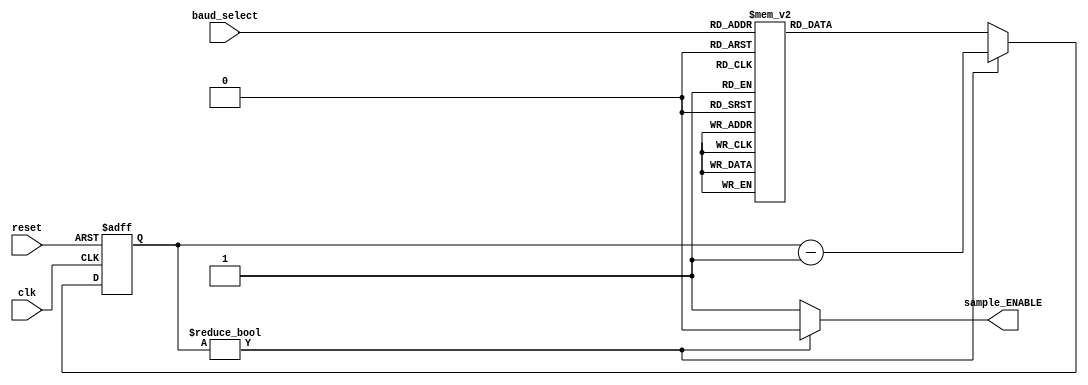
module baud_controller(reset, clk, baud_select, sample_ENABLE);
    input reset, clk;
    input [2:0] baud_select;
    output sample_ENABLE;
    reg [14:0] counter_reset_value;
    reg [14:0] counter;

    always @(posedge clk or posedge reset) begin
        if (reset) begin
            counter <= 15'h0;
        end
        else begin
            if (counter) begin
                counter <= counter - 1'b1;
            end
            else begin
                counter <= counter_reset_value;
            end
        end
    end

    always @(baud_select) begin
        case (baud_select)
            3'b000: counter_reset_value = 15'd20833;
            3'b001: counter_reset_value = 15'd5208;
            3'b010: counter_reset_value = 15'd1302;
            3'b011: counter_reset_value = 15'd651;
            3'b100: counter_reset_value = 15'd325;
            3'b101: counter_reset_value = 15'd163;
            3'b110: counter_reset_value = 15'd108;
            3'b111: counter_reset_value = 15'd54;
            default: counter_reset_value = 15'hFFFF;
        endcase
    end

    wire sample_ENABLE = counter ? 1'b0 : 1'b1;
endmodule